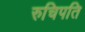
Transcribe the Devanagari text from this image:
रुचिपति